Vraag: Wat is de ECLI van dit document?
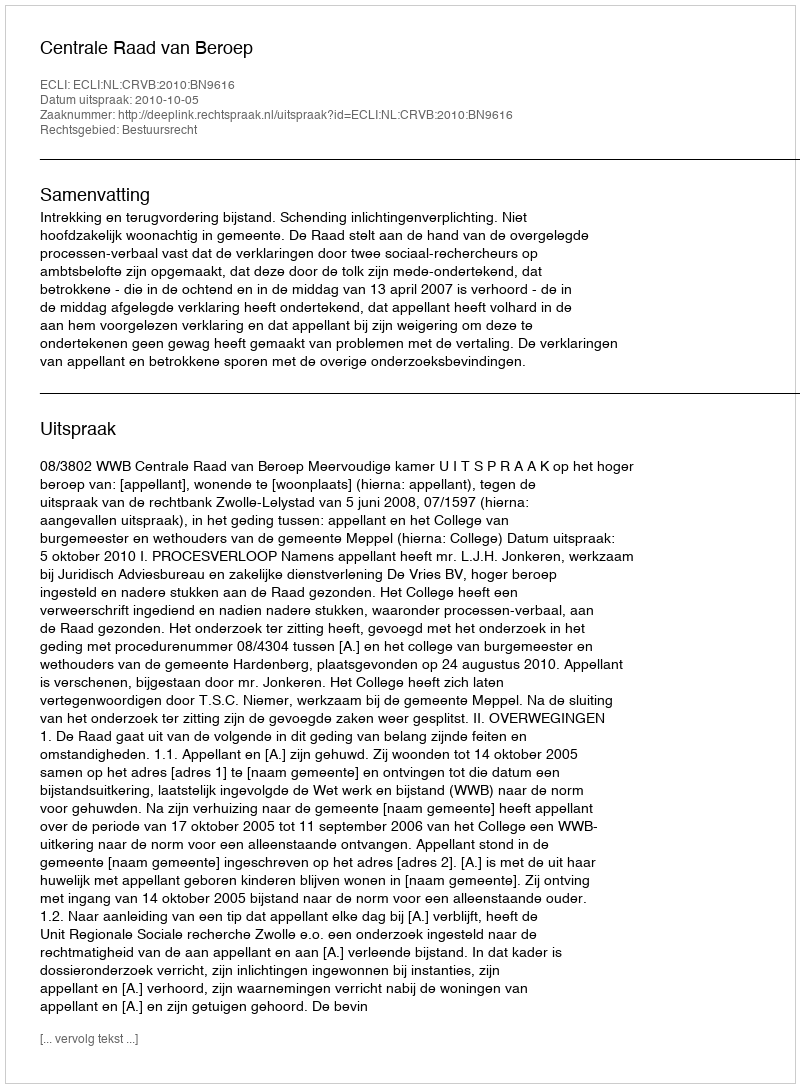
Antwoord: ECLI:NL:CRVB:2010:BN9616